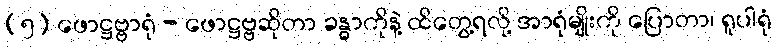
(၅) ဖောဋ္ဌဗ္ဗာရုံ - ဖောဋ္ဌဗ္ဗဆိုတာ ခန္ဓာကိုနဲ့ ထိတွေ့ရလို့ အာရုံမျိုးကို ပြောတာ၊ ရူပါရုံ